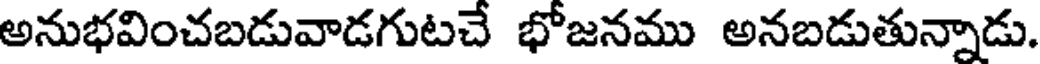
అనుభవించబడువాడగుటచే భోజనము అనబడుతున్నాడు.